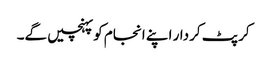
کرپٹ کردار اپنے انجام کو پہنچیں گے۔